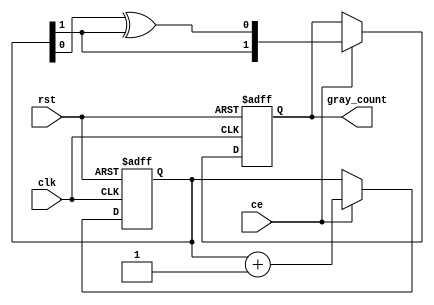
/*
 * Milkymist SoC
 * Copyright (C) 2007, 2008, 2009, 2010 Sebastien Bourdeauducq
 *
 * This program is free software: you can redistribute it and/or modify
 * it under the terms of the GNU General Public License as published by
 * the Free Software Foundation, version 3 of the License.
 *
 * This program is distributed in the hope that it will be useful,
 * but WITHOUT ANY WARRANTY; without even the implied warranty of
 * MERCHANTABILITY or FITNESS FOR A PARTICULAR PURPOSE.  See the
 * GNU General Public License for more details.
 *
 * You should have received a copy of the GNU General Public License
 * along with this program.  If not, see <http://www.gnu.org/licenses/>.
 */

/*
 * This file is based on "Asynchronous FIFO" by Alex Claros F.,
 * itself based on the article "Asynchronous FIFO in Virtex-II FPGAs"
 * by Peter Alfke.
 */

module asfifo_graycounter #(
	parameter width = 2
) (
	output reg [width-1:0] gray_count,
	input ce,
	input rst,
	input clk
);

reg [width-1:0] binary_count;

always @(posedge clk, posedge rst) begin
	if(rst) begin
		binary_count <= {width{1'b0}} + 1;
		gray_count <= {width{1'b0}};
	end else if(ce) begin
		binary_count <= binary_count + 1;
		gray_count <= {binary_count[width-1],
				binary_count[width-2:0] ^ binary_count[width-1:1]};
	end
end

endmodule